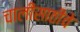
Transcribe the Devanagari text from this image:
चालींसाठीचे